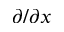
\partial / \partial x